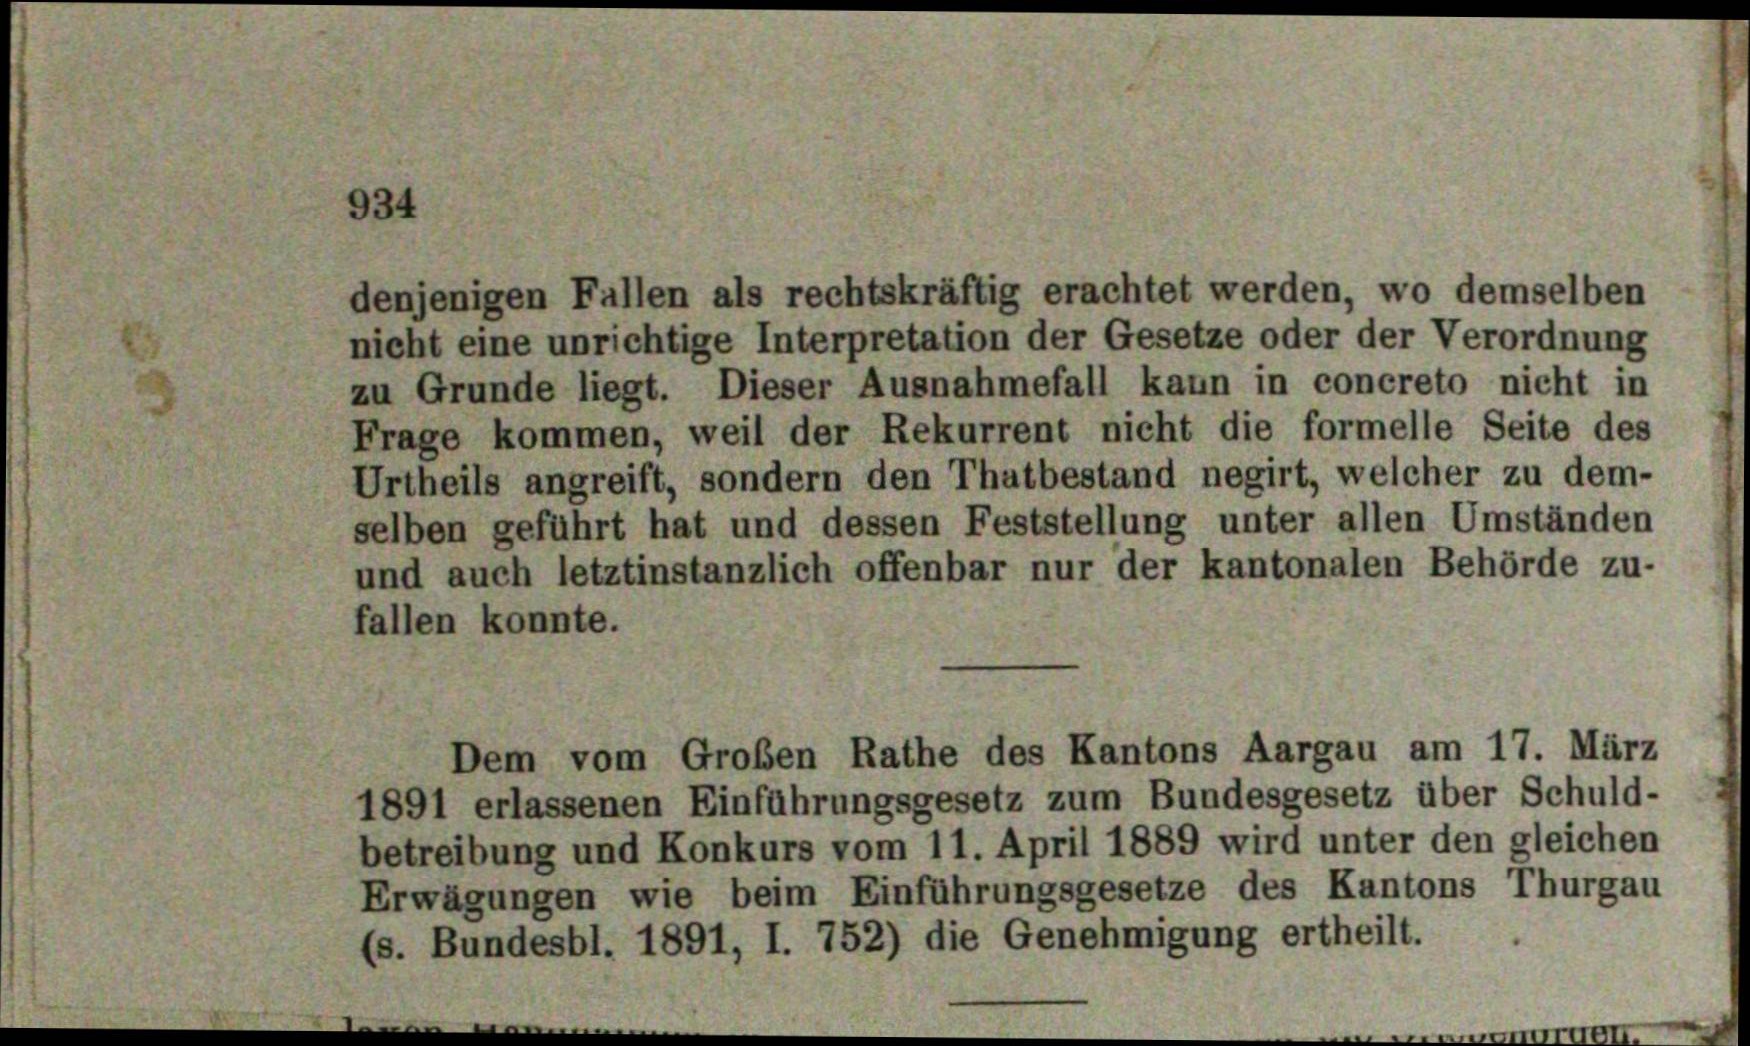
934

denjenigen Fallen als rechtskräftig erachtet werden, wo demselben
nicht eine unrichtige Interpretation der Gesetze oder der Verordnung
zu Grunde liegt. Dieser Ausnahmefall kann in concreto nicht in
Frage kommen, weil der Rekurrent nicht die formelle Seite des

Urtheils angreift, sondern den Thatbestand negirt, welcher zu dem-
selben geführt hat und dessen Feststellung unter allen Umständen
und auch letztinstanzlich offenbar nur der kantonalen Behörde zu-
fallen konnte.
Dem vom Großen Rathe des Kantons Aargau am 17. März

1891 erlassenen Einführungsgesetz zum Bundesgesetz über Schuld-
betreibung und Konkurs vom 11. April 1889 wird unter den gleichen
Erwägungen wie beim Einführungsgesetze des Kantons Thurgau
(s. Bundesbl. 1891, I. 752) die Genehmigung ertheilt.